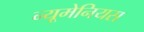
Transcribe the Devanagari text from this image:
न्यूमेनियस